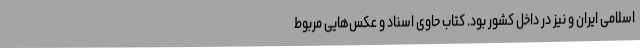
اسلامی ایران و نیز در داخل کشور بود. کتاب حاوی اسناد و عکس‌هایی مربوط